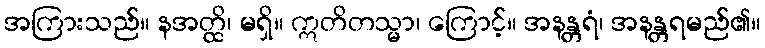
အကြားသည်။ နအတ္ထိ၊ မရှိ။ ဣတိတသ္မာ၊ ကြောင့်။ အနန္တရံ၊ အနန္တရမည်၏။